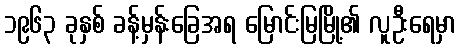
၁၉၆၃ ခုနှစ် ခန့်မှန်းခြေအရ မြောင်းမြမြို့၏ လူဦးရေမှာ